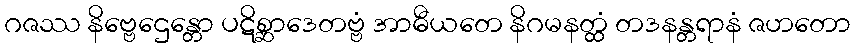
ဂဇဿ နိဗ္ဗေဌေန္တော ပဋိစ္ဆာဒေတဗ္ဗံ အာဓီယတေ နိဂမနတ္ထံ တဒနန္တရာနံ ဇဟတော